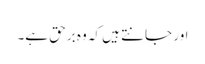
اور جانتے ہیں کہ وہ برحق ہے۔